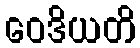
ဝေဒိယတိ